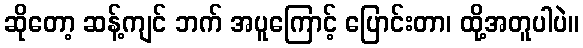
ဆိုတော့ ဆန့်ကျင် ဘက် အပူကြောင့် ပြောင်းတာ၊ ထို့အတူပါပဲ။